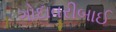
ગોદાવરીબાઈ